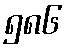
၅၈၆